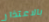
بالاعتذار